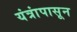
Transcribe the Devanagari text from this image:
यंत्रांपासून